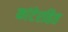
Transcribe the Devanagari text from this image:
कांटेरहित